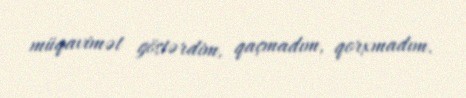
müqavimət göstərdim, qaçmadım, qorxmadım.